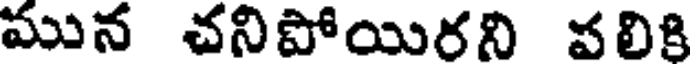
మున చనిపోయిరని వలికి